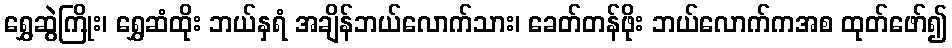
ရွှေဆွဲကြိုး၊ ရွှေဆံထိုး ဘယ်နှရံ အချိန်ဘယ်လောက်သား၊ ခေတ်တန်ဖိုး ဘယ်လောက်ကအစ ထုတ်ဖော်၍